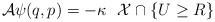
LaTeX: \begin{align*}\mathcal{A} \psi(q,p) = - \kappa \,\, \,\, \mathcal{X} \cap \{ U \geq R\} \end{align*}